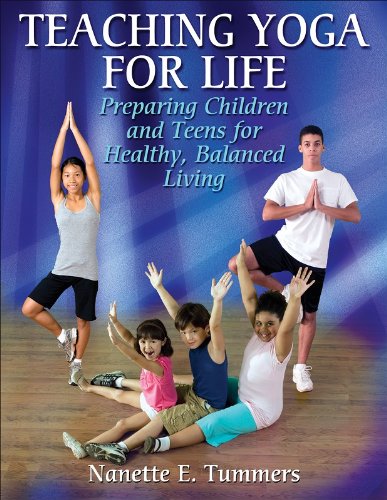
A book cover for Teaching Yoga for Life: Preparing Children and Teens for Healthy, Balanced Living; Nanette E. Tummers; Health, Fitness & Dieting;